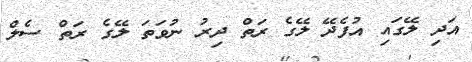
އަދި ލޭގައި އުފެދޭ ލޭގެ ރަތް ދިރު ނުވަތަ ލޭގެ ރަތް ސެލް